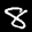
Label: 8